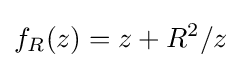
f_{R}(z)=z+R^{2}/z